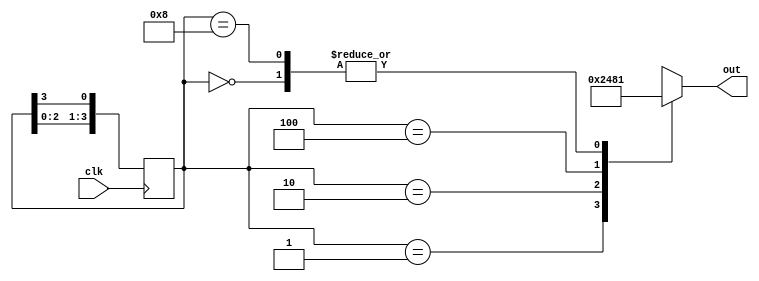
module johnson_counter(
    input wire clk,    // Clock input
    output reg [3:0] out // Output
);

// Johnson counter states
reg [3:0] counter;

// Always block to update counter on positive edge of clock
always @(posedge clk) begin
    // Shift left
    counter <= {counter[2:0], counter[3]};
end

// Assign output
always @*
begin
    case(counter)
        4'b0000: out = 4'b0001;
        4'b0001: out = 4'b0010;
        4'b0010: out = 4'b0100;
        4'b0100: out = 4'b1000;
        4'b1000: out = 4'b0001;
        default: out = 4'bxxxx; // Handle any other state (should not occur)
    endcase
end

endmodule